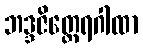
ဘဒ္ဒဇိတ္ထေရဂါထာ